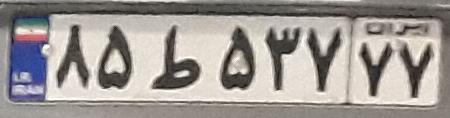
۸۵ط۵۳۷۷۷